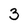
Character: 3